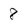
Character: 8